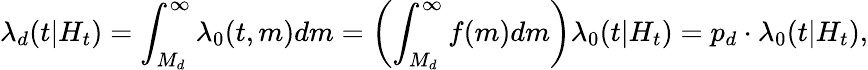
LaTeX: \lambda_{d}(t|H_{t})=\int_{M_{d}}^{\infty}\lambda_{0}(t,m)dm=\left(\int_{M_{d}}^{\infty}f(m)dm\right)\lambda_{0}(t|H_{t})=p_{d}\cdot\lambda_{0}(t|H_{t}),